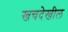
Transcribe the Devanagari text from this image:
खचदेखील